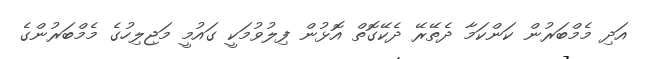
އަދި މެމްބަރުން ކަންކަމާ ދެތޭރޭ ދެކޭގޮތް އޮޅުން ފިލުވުމަކީ ގައުމީ މަޖިލިހުގެ މެމްބަރުންގެ